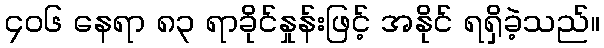
၄၀၆ နေရာ ၈၃ ရာခိုင်နှုန်းဖြင့် အနိုင် ရရှိခဲ့သည်။